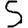
Digit: 5